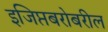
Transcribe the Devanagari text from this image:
इजिप्तबरोबरील